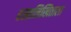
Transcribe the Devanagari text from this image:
हस्तलिखिताला